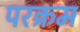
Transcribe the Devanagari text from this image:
परक्रम